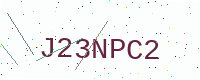
Text: J23NPC2